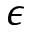
\epsilon